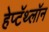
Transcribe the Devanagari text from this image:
हेप्टॅथ्‍लॉन